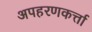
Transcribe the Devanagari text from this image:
अपहरणकर्त्ता